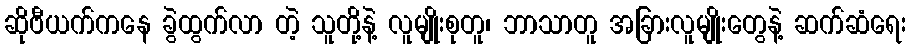
ဆိုဗီယက်ကနေ ခွဲထွက်လာ တဲ့ သူတို့နဲ့ လူမျိုးစုတူ၊ ဘာသာတူ အခြားလူမျိုးတွေနဲ့ ဆက်ဆံရေး